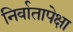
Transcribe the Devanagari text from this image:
निर्वातापेक्षा